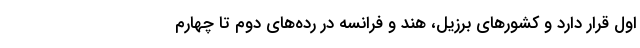
اول قرار دارد و کشورهای برزیل، هند و فرانسه در رده‌های دوم تا چهارم